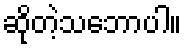
ဆိုတဲ့သဘောပါ။